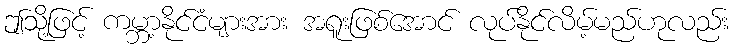
ဤသို့ဖြင့် ကမ္ဘာ့နိုင်ငံများအား အရူးဖြစ်အောင် လုပ်နိုင်လိမ့်မည်ဟုလည်း